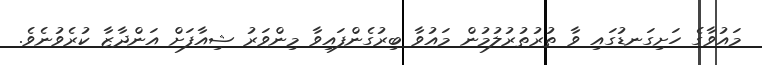
މައުވާގެ ހަށިގަނޑުގައި ވާ ތުރުތުރުލުމުން މައުވާ ބިރުގެންފައިވާ މިންވަރު ޝިއާފަށް އަންދާޒާ ކުރެވުނެވެ.